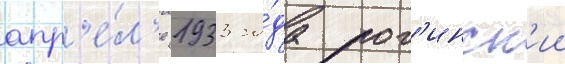
апр'е́л'е 1933 го́да рог'инск'ии